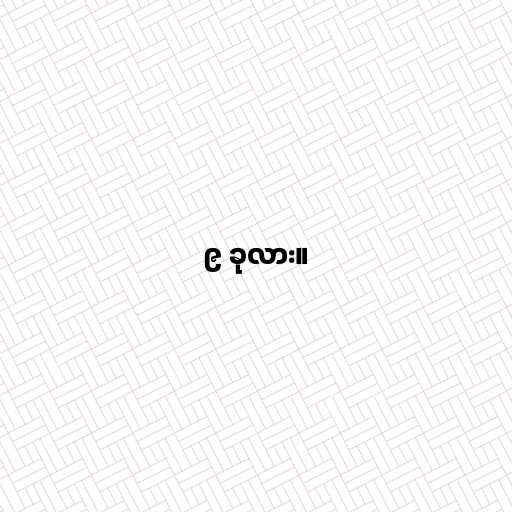
၉ ခုလား။